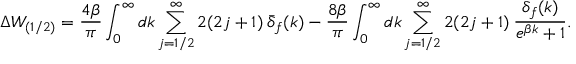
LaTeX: \Delta W _ { ( 1 / 2 ) } = \frac { 4 \beta } { \pi } \int _ { 0 } ^ { \infty } d k \sum _ { j = 1 / 2 } ^ { \infty } 2 ( 2 j + 1 ) \: \bar { \delta } _ { f } ( k ) - \frac { 8 \beta } { \pi } \int _ { 0 } ^ { \infty } d k \sum _ { j = 1 / 2 } ^ { \infty } 2 ( 2 j + 1 ) \: \frac { \delta _ { f } ( k ) } { e ^ { \beta k } + 1 } .